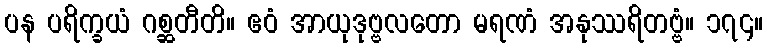
ပန ပရိက္ခယံ ဂစ္ဆတီတိ။ ဧဝံ အာယုဒုဗ္ဗလတော မရဏံ အနုဿရိတဗ္ဗံ။ ၁၇၄။